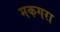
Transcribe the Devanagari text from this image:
मकगरा